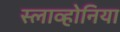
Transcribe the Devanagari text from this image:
स्लाव्होनिया